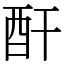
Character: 酐